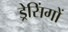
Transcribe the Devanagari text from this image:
ड्रेसिंगों